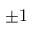
\pm 1